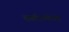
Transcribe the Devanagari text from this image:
शक्तोऽन्योऽरुक्